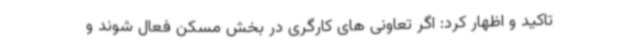
تاکید و اظهار کرد: اگر تعاونی های کارگری در بخش مسکن فعال شوند و